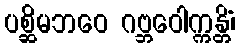
ပစ္ဆိမဘဝေ ဂဗ္ဘဝေါက္ကန္တိံ၊